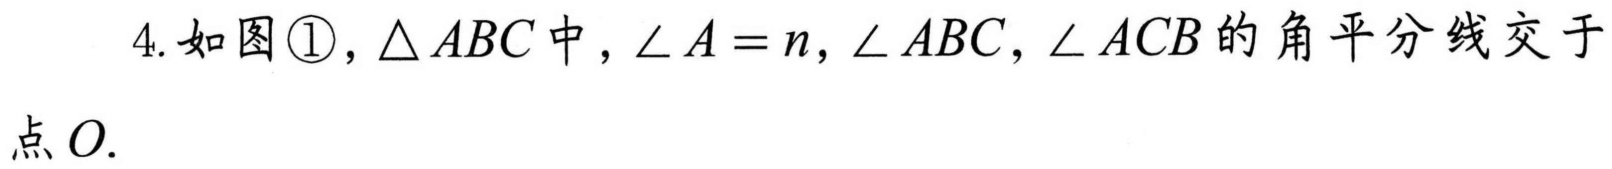
4. 如图\textcircled{1}，$\triangle ABC$中，$\angle A = n$，$\angle ABC$，$\angle ACB$的角平分线交于点$O.$